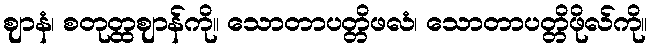
ဈာနံ၊ စတုတ္ထဈာန်ကို။ သောတာပတ္တိဖလံ၊ သောတာပတ္တိဖိုလ်ကို။